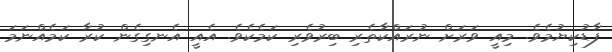
ފާޑުކިޔުމެވެ. މިއީ ވަރަށް ނުރައްކާތެރި ބިރުވެރި ކަމެކެވެ. އެއީ އެނގިގެން ކުރާ ކަމެއްނަމަ